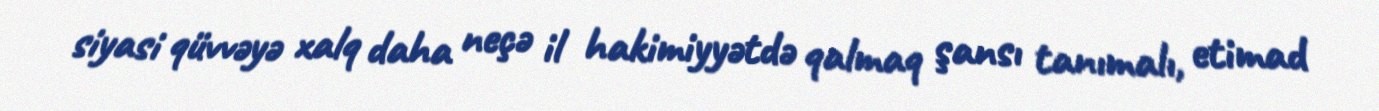
siyasi qüvvəyə xalq daha neçə il hakimiyyətdə qalmaq şansı tanımalı, etimad